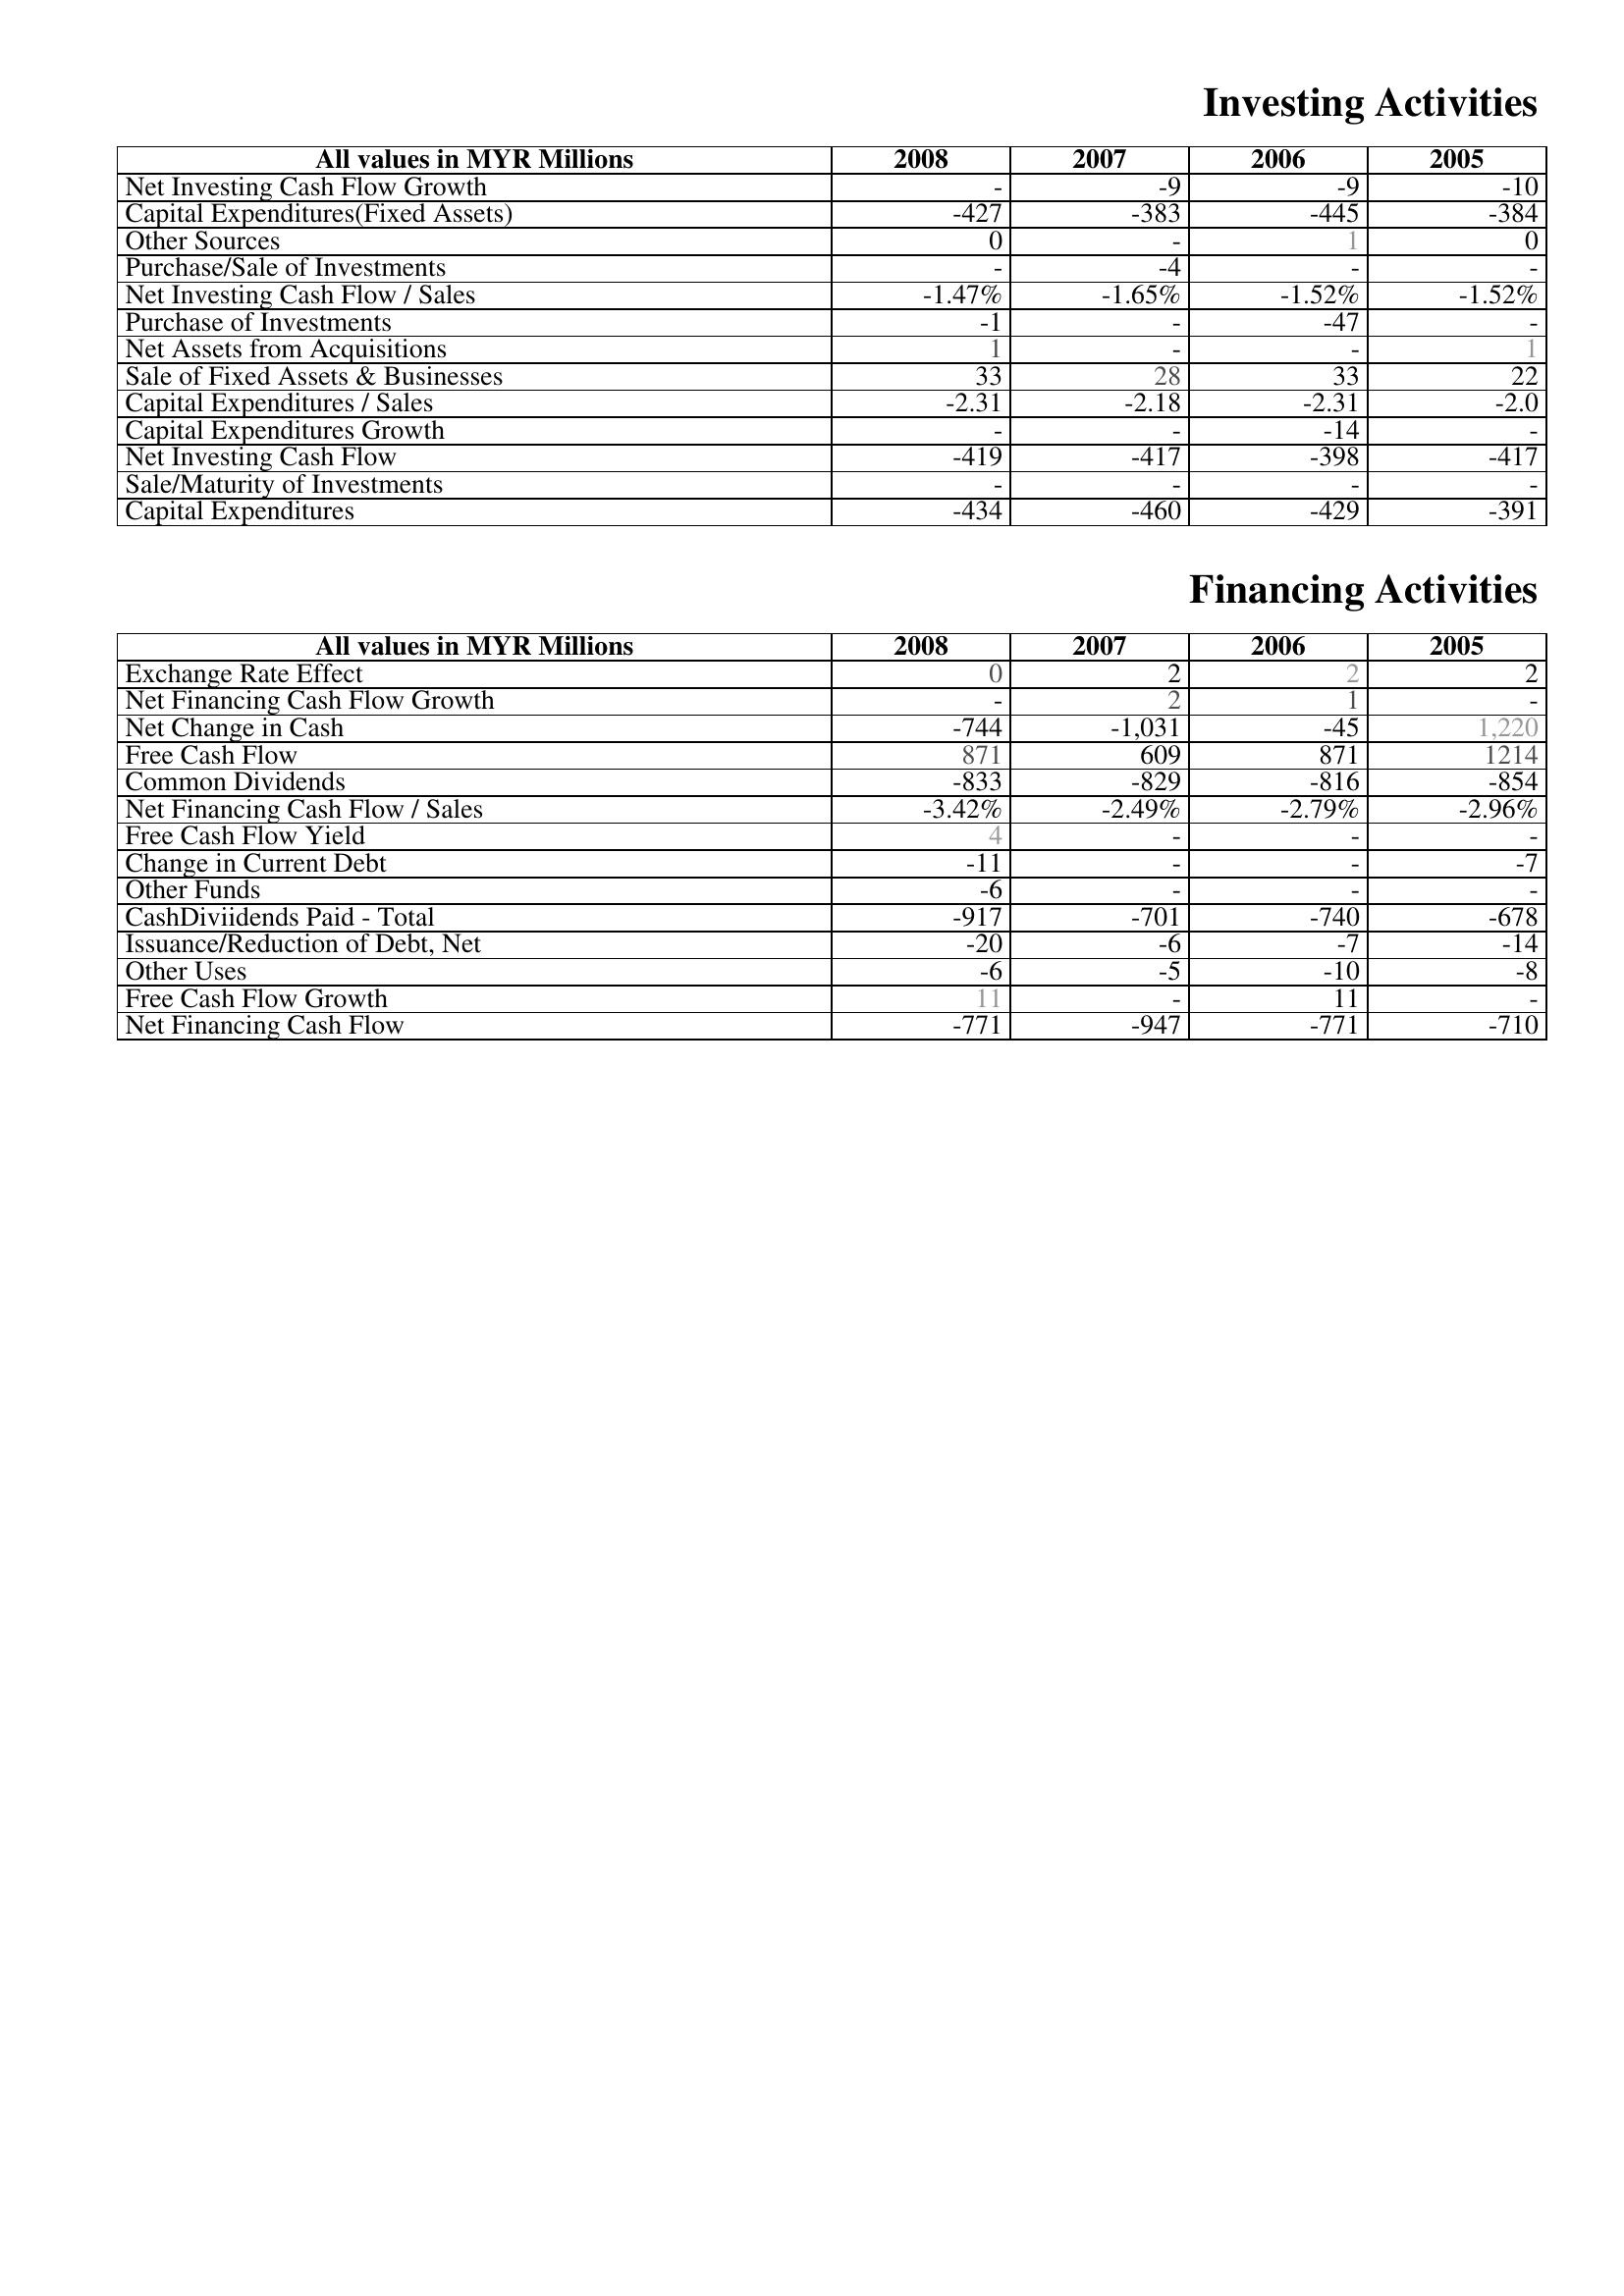
2008: Investing Activities: Net Investing Cash Flow Growth: -
Capital Expenditures(Fixed Assets): -427
Other Sources: 0
Purchase/Sale of Investments: -
Net Investing Cash Flow / Sales: -1.47%
Purchase of Investments: -1
Net Assets from Acquisitions: 1
Sale of Fixed Assets & Businesses: 33
Capital Expenditures / Sales: -2.31
Capital Expenditures Growth: -
Net Investing Cash Flow: -419
Sale/Maturity of Investments: -
Capital Expenditures: -434
Financing Activities: Exchange Rate Effect: 0
Net Financing Cash Flow Growth: -
Net Change in Cash: -744
Free Cash Flow: 871
Common Dividends: -833
Net Financing Cash Flow / Sales: -3.42%
Free Cash Flow Yield: 4
Change in Current Debt: -11
Other Funds: -6
CashDiviidends Paid - Total: -917
Issuance/Reduction of Debt, Net: -20
Other Uses: -6
Free Cash Flow Growth: 11
Net Financing Cash Flow: -771
2007: Investing Activities: Net Investing Cash Flow Growth: -9
Capital Expenditures(Fixed Assets): -383
Other Sources: -
Purchase/Sale of Investments: -4
Net Investing Cash Flow / Sales: -1.65%
Purchase of Investments: -
Net Assets from Acquisitions: -
Sale of Fixed Assets & Businesses: 28
Capital Expenditures / Sales: -2.18
Capital Expenditures Growth: -
Net Investing Cash Flow: -417
Sale/Maturity of Investments: -
Capital Expenditures: -460
Financing Activities: Exchange Rate Effect: 2
Net Financing Cash Flow Growth: 2
Net Change in Cash: -1,031
Free Cash Flow: 609
Common Dividends: -829
Net Financing Cash Flow / Sales: -2.49%
Free Cash Flow Yield: -
Change in Current Debt: -
Other Funds: -
CashDiviidends Paid - Total: -701
Issuance/Reduction of Debt, Net: -6
Other Uses: -5
Free Cash Flow Growth: -
Net Financing Cash Flow: -947
2006: Investing Activities: Net Investing Cash Flow Growth: -9
Capital Expenditures(Fixed Assets): -445
Other Sources: 1
Purchase/Sale of Investments: -
Net Investing Cash Flow / Sales: -1.52%
Purchase of Investments: -47
Net Assets from Acquisitions: -
Sale of Fixed Assets & Businesses: 33
Capital Expenditures / Sales: -2.31
Capital Expenditures Growth: -14
Net Investing Cash Flow: -398
Sale/Maturity of Investments: -
Capital Expenditures: -429
Financing Activities: Exchange Rate Effect: 2
Net Financing Cash Flow Growth: 1
Net Change in Cash: -45
Free Cash Flow: 871
Common Dividends: -816
Net Financing Cash Flow / Sales: -2.79%
Free Cash Flow Yield: -
Change in Current Debt: -
Other Funds: -
CashDiviidends Paid - Total: -740
Issuance/Reduction of Debt, Net: -7
Other Uses: -10
Free Cash Flow Growth: 11
Net Financing Cash Flow: -771
2005: Investing Activities: Net Investing Cash Flow Growth: -10
Capital Expenditures(Fixed Assets): -384
Other Sources: 0
Purchase/Sale of Investments: -
Net Investing Cash Flow / Sales: -1.52%
Purchase of Investments: -
Net Assets from Acquisitions: 1
Sale of Fixed Assets & Businesses: 22
Capital Expenditures / Sales: -2.0
Capital Expenditures Growth: -
Net Investing Cash Flow: -417
Sale/Maturity of Investments: -
Capital Expenditures: -391
Financing Activities: Exchange Rate Effect: 2
Net Financing Cash Flow Growth: -
Net Change in Cash: 1,220
Free Cash Flow: 1214
Common Dividends: -854
Net Financing Cash Flow / Sales: -2.96%
Free Cash Flow Yield: -
Change in Current Debt: -7
Other Funds: -
CashDiviidends Paid - Total: -678
Issuance/Reduction of Debt, Net: -14
Other Uses: -8
Free Cash Flow Growth: -
Net Financing Cash Flow: -710